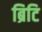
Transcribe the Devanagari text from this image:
ब्रिटि